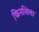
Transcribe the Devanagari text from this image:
किनशिला